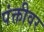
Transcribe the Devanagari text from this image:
पंक्तीवर